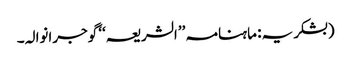
(بشکریہ: ماہنامہ ’’الشریعہ‘‘ گوجرانوالہ۔